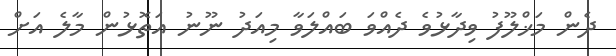
ދެން މަޚްލޫފު ވިދާޅުވެ ދެއްވަ ބައްލަވާ މިއަދު ނޫނު އަތޮޅުން މާލެ އަށް